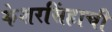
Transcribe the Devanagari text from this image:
केशरसिंहाची